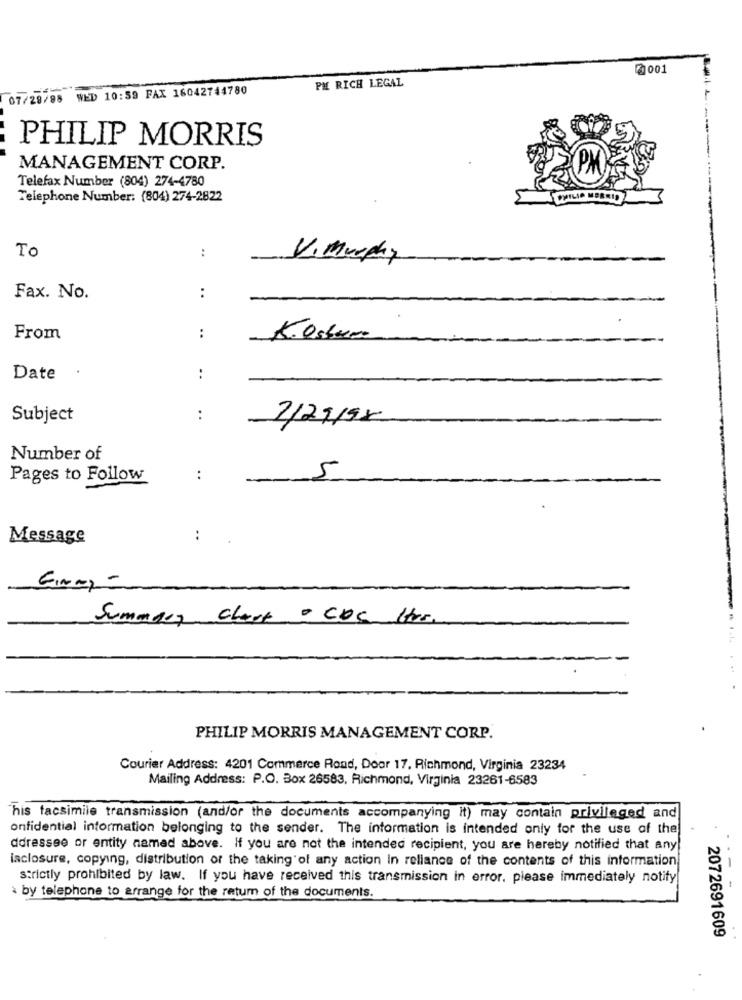
2001
PM RICH LEGAL
07/29/98 WED 10:59 FAX 16042744780
PHILIP MORRIS
MANAGEMENT CORP.
Telefax Number (804) 274-4780
Telephone Number: (804) 274-2822
To
:
V. murphy
Fax. No.
:
From
:
Kostum
Date .
:
Subject
:
2/21/98
Number of
Pages to Follow
:
5
Message
:
EINm -
Summary chart - COC Her
PHILIP MORRIS MANAGEMENT CORP.
Courier Address: 4201 Commerce Rond, Door 17, Richmond, Virginia 23234
Mailing Address: P.O. Box 26583, Richmond, Virginia 23261-6583
his facsimile transmission (and/or the documents accompanying it) may contain privileged and
onfidential information belonging to the sender. The information is intended only for the use of the
ddressee or entity named above. If you are not the intended recipient, you are hereby notified that any
isclosure, copying, distribution or the taking of any action In reliance of the contents of this information
strictly prohibited by law. If you have received this transmission in error, please immediately notify
by telephone to arrange for the return of the documents.
2072691609